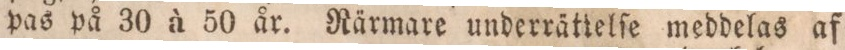
pas på 30 à 50 år. Rärmare underrätielſe meddelas af